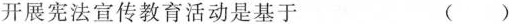
开展宪法宣传教育活动是基于 ( )